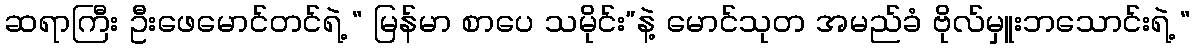
ဆရာကြီး ဦးဖေမောင်တင်ရဲ့ “ မြန်မာ စာပေ သမိုင်း”နဲ့ မောင်သုတ အမည်ခံ ဗိုလ်မှူးဘသောင်းရဲ့ “